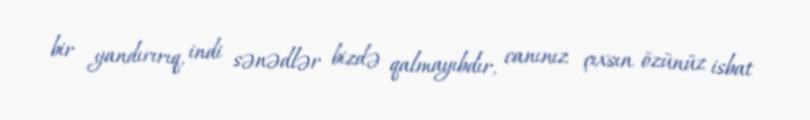
bir yandırırıq, indi sənədlər bizdə qalmayıbdır, canınız çıxsın özünüz isbat